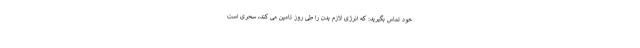
خود تماس بگیرید: که انرژی لازم بدن را طی روز تامین می کند، سحری است